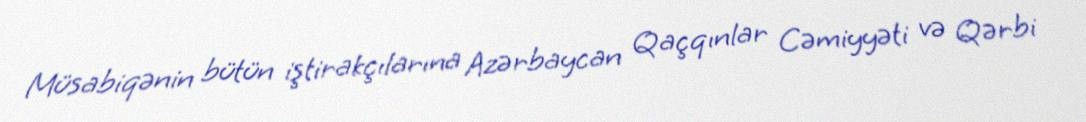
Müsabiqənin bütün iştirakçılarına Azərbaycan Qaçqınlar Cəmiyyəti və Qərbi